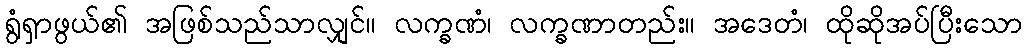
ရွံရှာဖွယ်၏ အဖြစ်သည်သာလျှင်။ လက္ခဏံ၊ လက္ခဏာတည်း။ အဒေတံ၊ ထိုဆိုအပ်ပြီးသော